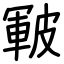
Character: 皸